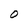
Character: O